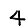
Digit: 4